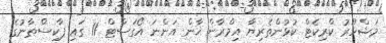
މަޝްހޫރު ކްރިކެޓް ކުޅުންތެރިޔާ އިމްރާން ޚާން އަންނަ އޯގަސްޓް 11 ގައި ޕާކިސްތާނުގެ